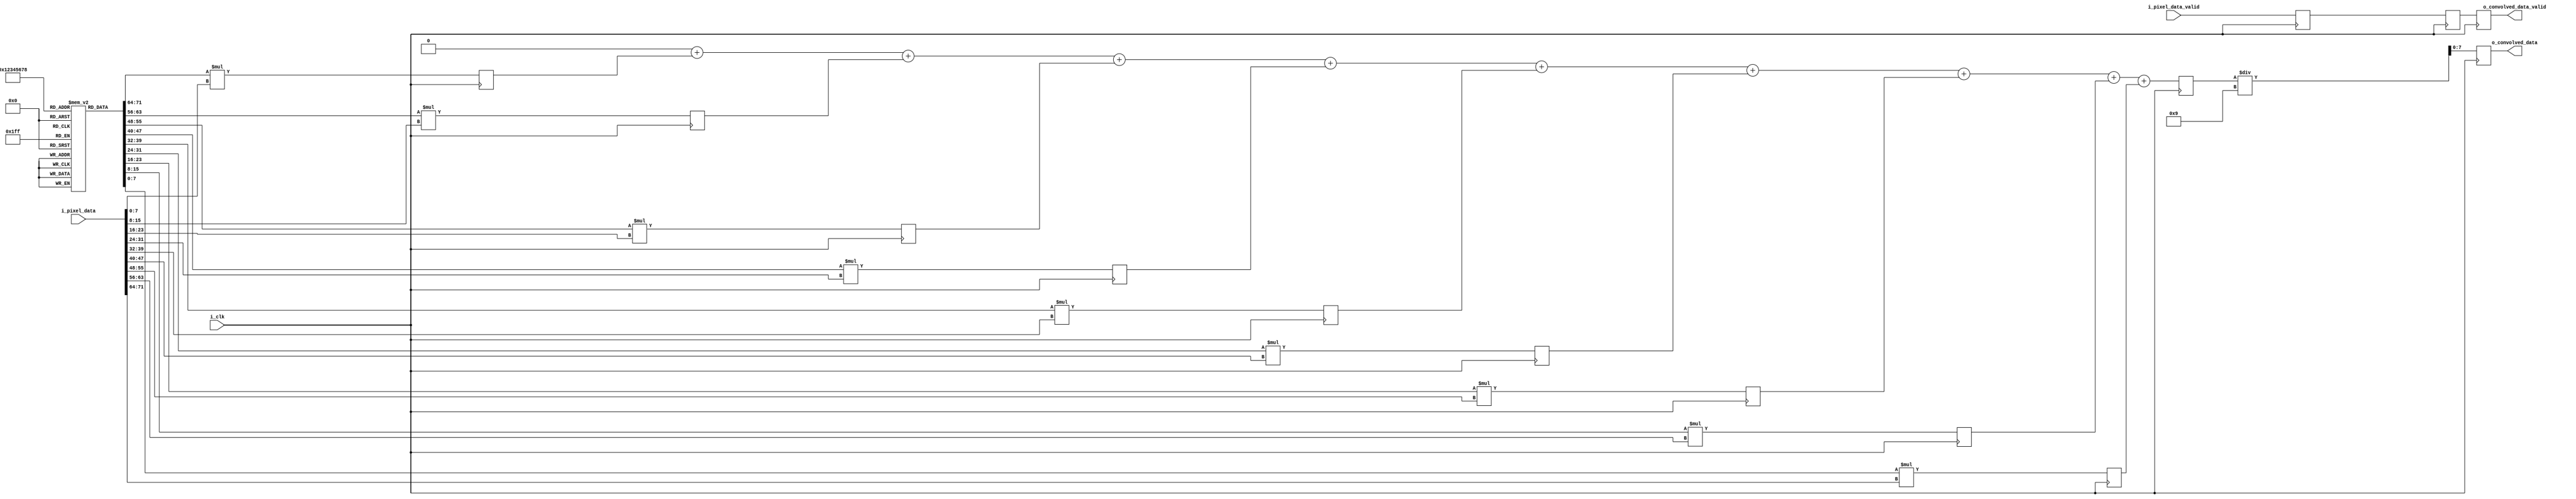
`timescale 1ns / 1ps
//////////////////////////////////////////////////////////////////////////////////
// Company: 
// Engineer: 
// 
// Design Name: 
// Module Name: conv
// Project Name: 
// Target Devices: 
// Tool Versions: 
// Description: 
// 
// Dependencies: 
// 
// Revision:
// Revision 0.01 - File Created
// Additional Comments:
// 
//////////////////////////////////////////////////////////////////////////////////


module conv(
input        i_clk,
input [71:0] i_pixel_data,
input        i_pixel_data_valid,
output reg [7:0] o_convolved_data,
output reg   o_convolved_data_valid
    );
    
integer i; 
reg [7:0] kernel [8:0];
reg [15:0] multData[8:0];
reg [15:0] sumDataInt;
reg [15:0] sumData;
reg multDataValid;
reg sumDataValid;
reg convolved_data_valid;

initial
begin
    for(i=0;i<9;i=i+1)
    begin
        kernel[i] = 1;
    end
end    
    
always @(posedge i_clk)
begin
    for(i=0;i<9;i=i+1)
    begin
        multData[i] <= kernel[i]*i_pixel_data[i*8+:8];
    end
    multDataValid <= i_pixel_data_valid;
end


always @(*)
begin
    sumDataInt = 0;
    for(i=0;i<9;i=i+1)
    begin
        sumDataInt = sumDataInt + multData[i];
    end
end

always @(posedge i_clk)
begin
    sumData <= sumDataInt;
    sumDataValid <= multDataValid;
end
    
always @(posedge i_clk)
begin
    o_convolved_data <= sumData/9;
    o_convolved_data_valid <= sumDataValid;
end
    
endmodule